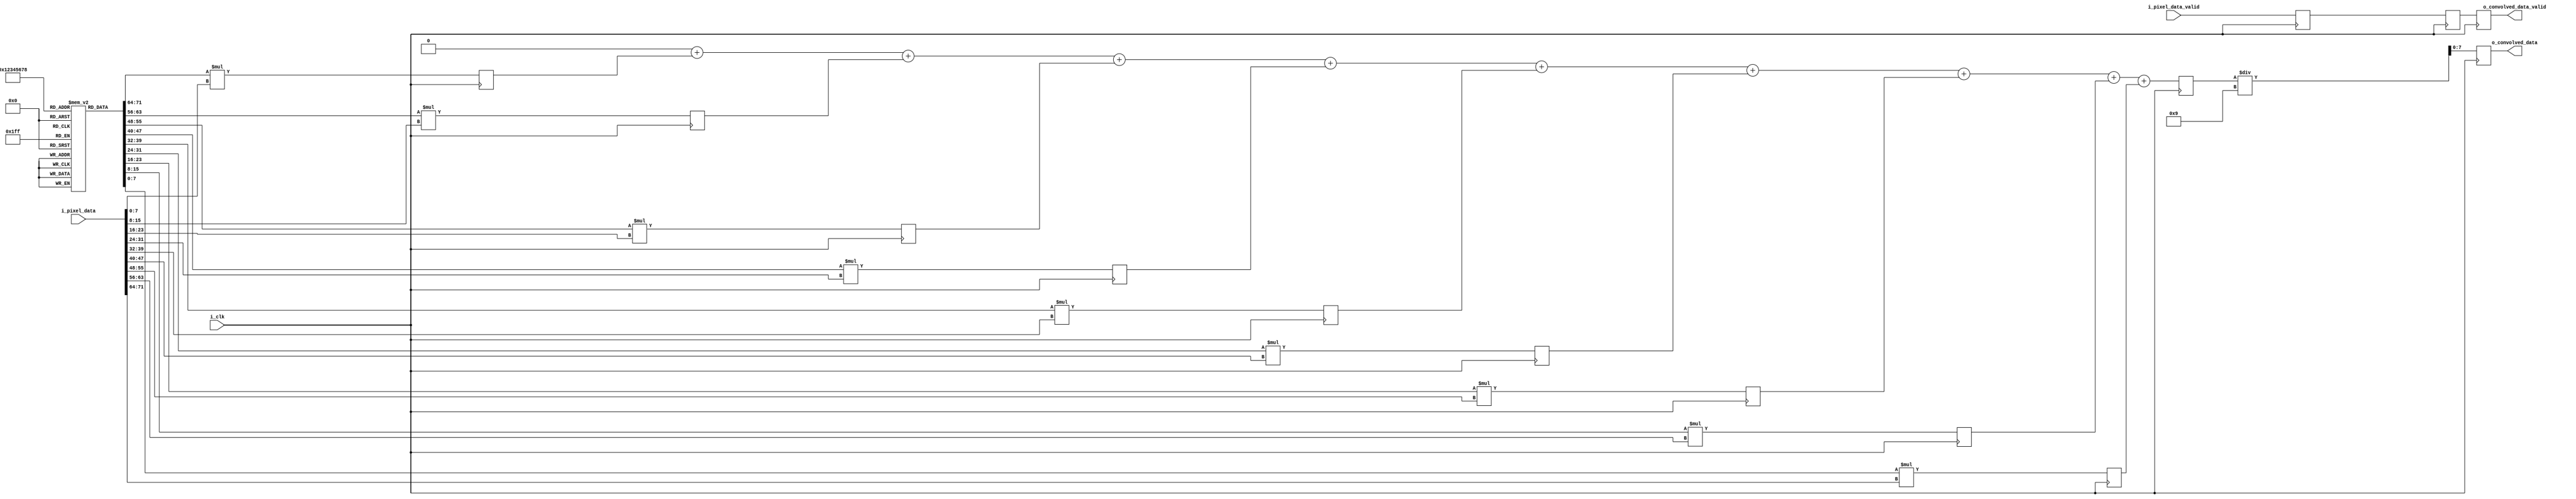
`timescale 1ns / 1ps
//////////////////////////////////////////////////////////////////////////////////
// Company: 
// Engineer: 
// 
// Design Name: 
// Module Name: conv
// Project Name: 
// Target Devices: 
// Tool Versions: 
// Description: 
// 
// Dependencies: 
// 
// Revision:
// Revision 0.01 - File Created
// Additional Comments:
// 
//////////////////////////////////////////////////////////////////////////////////


module conv(
input        i_clk,
input [71:0] i_pixel_data,
input        i_pixel_data_valid,
output reg [7:0] o_convolved_data,
output reg   o_convolved_data_valid
    );
    
integer i; 
reg [7:0] kernel [8:0];
reg [15:0] multData[8:0];
reg [15:0] sumDataInt;
reg [15:0] sumData;
reg multDataValid;
reg sumDataValid;
reg convolved_data_valid;

initial
begin
    for(i=0;i<9;i=i+1)
    begin
        kernel[i] = 1;
    end
end    
    
always @(posedge i_clk)
begin
    for(i=0;i<9;i=i+1)
    begin
        multData[i] <= kernel[i]*i_pixel_data[i*8+:8];
    end
    multDataValid <= i_pixel_data_valid;
end


always @(*)
begin
    sumDataInt = 0;
    for(i=0;i<9;i=i+1)
    begin
        sumDataInt = sumDataInt + multData[i];
    end
end

always @(posedge i_clk)
begin
    sumData <= sumDataInt;
    sumDataValid <= multDataValid;
end
    
always @(posedge i_clk)
begin
    o_convolved_data <= sumData/9;
    o_convolved_data_valid <= sumDataValid;
end
    
endmodule